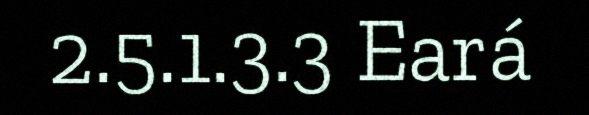
2.5.1.3.3 Eará